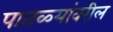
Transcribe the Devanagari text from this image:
पातळ्यांवरील